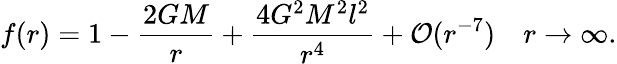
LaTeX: f(r)=1-\frac{2GM}{r}+\frac{4G^{2}M^{2}l^{2}}{r^{4}}+{\cal O}(r^{-7})~~~~r\rightarrow\infty.